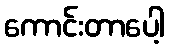
ကောင်းတာပေါ့